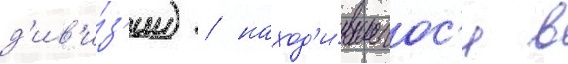
д'ив'и́з'ии) / наход'и́вшегос'я в